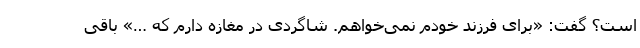
است؟ گفت: «برای فرزند خودم نمی‌خواهم. شاگردی در مغازه دارم که …» باقی